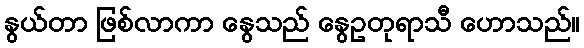
နွယ်တာ ဖြစ်လာကာ နွေသည် နွေဥတုရာသီ ဟောသည်။